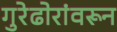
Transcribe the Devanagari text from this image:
गुरेढोरांवरून